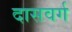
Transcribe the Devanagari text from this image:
दासवर्ग